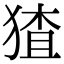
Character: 猹